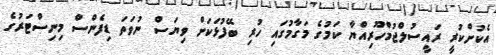
އެކުށްކުރީ ރައީސުލްޖުމްހޫރިއްޔާ ކަމުގެ މަގާމުގައި ހުރި ބޭފުޅަކަަށް ވިޔަސް ނުވަތަ ޑިފެންސް މިނިސްޓަރުގެ